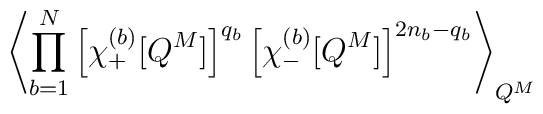
\left\langle \prod_{b=1}^N\left[\chi^{(b)}_+ [ Q^M ] \right]^{q_b}\left[\chi^{(b)}_- [ Q^M ] \right]^{2n_b-q_b}\right\rangle_{Q^M} \;